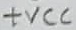
Text: +VCC